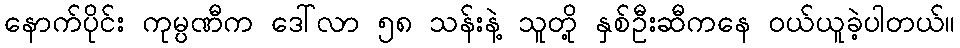
နောက်ပိုင်း ကုမ္ပဏီက ဒေါ်လာ ၅၈ သန်းနဲ့ သူတို့ နှစ်ဦးဆီကနေ ဝယ်ယူခဲ့ပါတယ်။